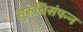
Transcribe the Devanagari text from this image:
सुरुचिसंपन्न